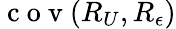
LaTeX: \mathrm{~c~o~v~}(R_{U},R_{\epsilon})